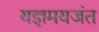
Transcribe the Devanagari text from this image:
यज्ञमयजंत